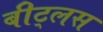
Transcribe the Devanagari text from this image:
बीट्लस